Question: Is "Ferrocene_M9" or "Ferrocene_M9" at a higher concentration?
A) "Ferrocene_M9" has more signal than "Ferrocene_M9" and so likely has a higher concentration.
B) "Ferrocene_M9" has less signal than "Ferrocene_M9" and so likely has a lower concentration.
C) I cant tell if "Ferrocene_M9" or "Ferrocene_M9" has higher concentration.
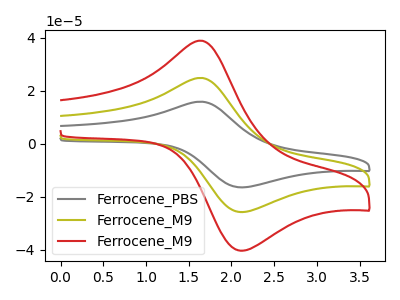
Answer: <think>The gray curve "Ferrocene_PBS" has an anodic peak at (1.65V, 49.65uA) and a cathodic peak at (2.15V, -51.65uA). The olive curve "Ferrocene_M9" has an anodic peak at (1.65V, 24.85uA) and a cathodic peak at (2.15V, -25.80uA). The red curve "Ferrocene_M9" has an anodic peak at (1.65V, 38.90uA) and a cathodic peak at (2.15V, -40.45uA).
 All the peaks in "Ferrocene_M9" have a peak in "Ferrocene_M9" at the same potential. Every peak in "Ferrocene_M9" is higher than every peak in "Ferrocene_M9".</think>
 <answer>A) "Ferrocene_M9" has more signal than "Ferrocene_M9" and so likely has a higher concentration.</answer>
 <eval>A</eval>